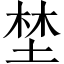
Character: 埜